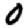
Digit: 0